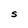
Character: S